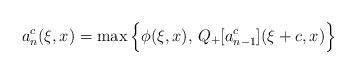
LaTeX: \begin{align*}a_{n}^c(\xi,x)=\max\Big\{\phi(\xi,x), \,Q_+[a_{n-1}^c](\xi+c,x) \Big\} \end{align*}